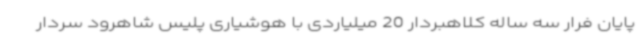
پایان فرار سه ساله کلاهبردار 20 میلیاردی با هوشیاری پلیس شاهرود سردار